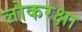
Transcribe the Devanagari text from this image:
लोकरक्षा